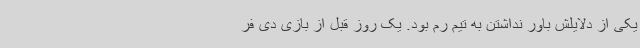
یکی از دلایلش باور نداشتن به تیم رم بود. یک روز قبل از بازی دی فر